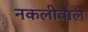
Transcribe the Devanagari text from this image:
नकलीवाले